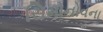
સિમોનોવના